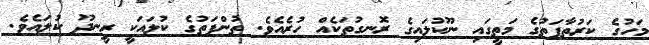
މަހުގެ ކަރުތާފަތުގެ މަތީގައި ނޫކުލައިގެ ރޮނގުތަކެއް ހުރެއެވެ. ތުންފަތުގެ ކުލައަކީ ރީނދޫ ކުލައެވެ.